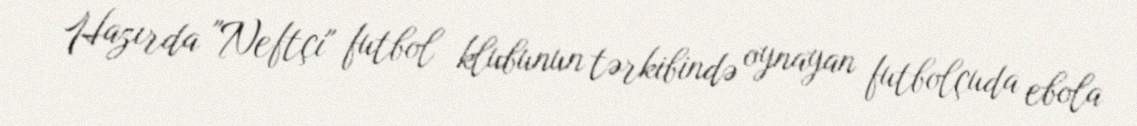
Hazırda "Neftçi" futbol klubunun tərkibində oynayan futbolçuda ebola